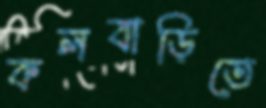
কলবাড়িতে